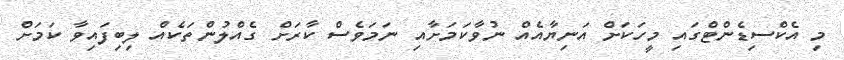
މި އެކްސިޑެންޓްގައި މީހަކަށް އަނިޔާއެއް ނުވާކަމަށާއި ނަމަވެސް ކާރަށް ގެއްލުންތަކެއް ލިބިފައިވާ ކަމަށް